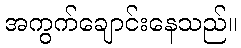
အကွက်ချောင်းနေသည်။